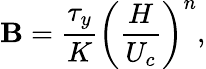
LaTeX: \mathbf{B}=\frac{{\tau_{y}}}{{K}}\left(\frac{{H}}{{U_{c}}}\right)^{n},